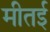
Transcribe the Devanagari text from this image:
मीतई